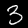
Label: 3